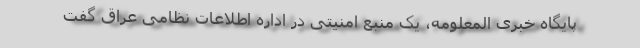
پایگاه خبری المعلومه، یک منبع امنیتی در اداره اطلاعات نظامی عراق گفت